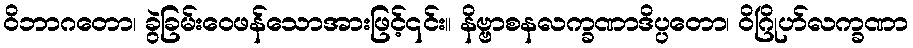
ဝိဘာဂတော၊ ခွဲခြမ်းဝေဖန်သောအားဖြင့်၎င်း။ နိဗ္ဗာစနလက္ခဏာဒိပ္ပတော၊ ဝိဂြိုဟ်လက္ခဏာ